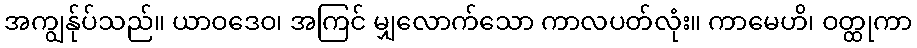
အကျွန်ုပ်သည်။ ယာဝဒေဝ၊ အကြင် မျှလောက်သော ကာလပတ်လုံး။ ကာမေဟိ၊ ဝတ္ထုကာ